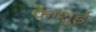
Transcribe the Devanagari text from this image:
फेंग्शुई